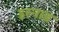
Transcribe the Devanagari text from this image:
इरनाड